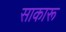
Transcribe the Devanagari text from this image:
साकारू